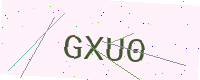
Text: GXU0